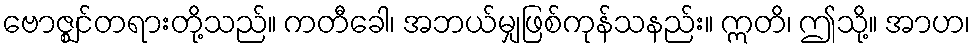
ဗောဇ္ဈင်တရားတို့သည်။ ကတီခေါ၊ အဘယ်မျှဖြစ်ကုန်သနည်း။ ဣတိ၊ ဤသို့။ အာဟ၊